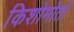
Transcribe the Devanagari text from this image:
किशोमोतो